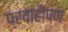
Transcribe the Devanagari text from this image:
प्रवाहीपण